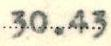
30.43